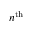
n ^ { \mathrm { t h } }